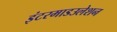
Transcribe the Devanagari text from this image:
इंटरमाडउलेशन